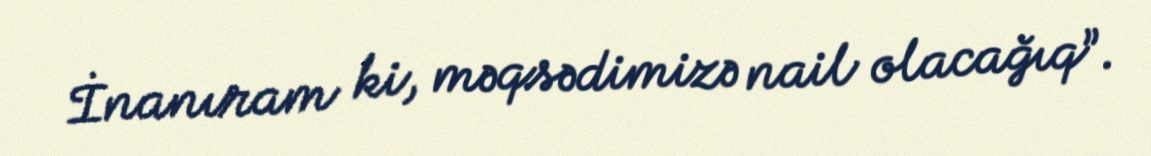
İnanıram ki, məqsədimizə nail olacağıq”.